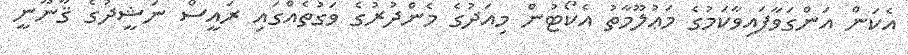
އެކަން އަންގަވާފައިވާކަމުގެ މަޢުލޫމާތު އެކޯޓުން މިއަދުގެ މެންދުރުގެ ވަގުތެއްގައި ރައީސް ނަޝީދުގެ ޤާނޫނީ